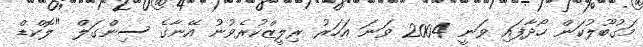
މަގުބޫލުކަން ހޯދާފައި ވަނީ 2004 ވަނަ އަހަރު ރިލީޒްކުރެވުނު އޭނާގެ ސިންގަލް "ލޮކްޑް